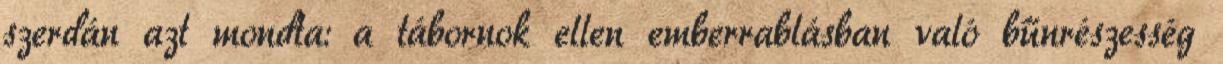
szerdán azt mondta: a tábornok ellen emberrablásban való bűnrészesség